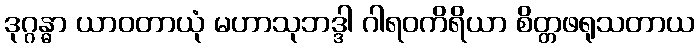
ဒုဂ္ဂန္ဓာ ယာဝတာယုံ မဟာသုဘဒ္ဒါ ဂါရဝကိရိယာ စိတ္တဖရုသတာယ